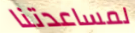
لمساعدتنا